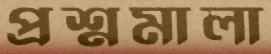
প্রশ্নমালা